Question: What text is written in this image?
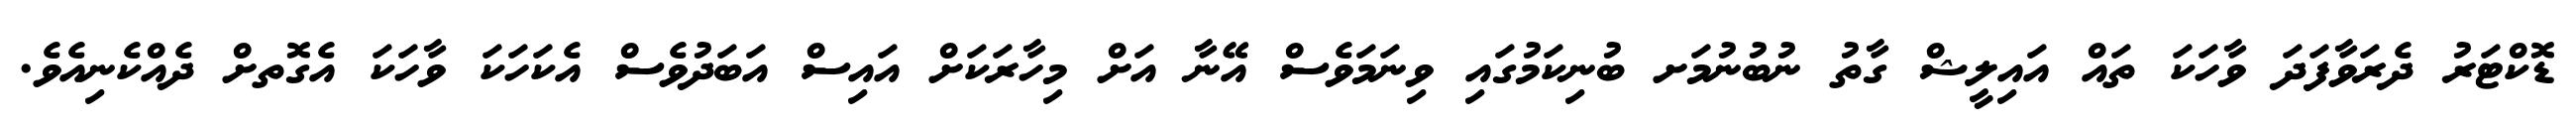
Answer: ޑޮކްޓަރު ދެރަވާފަދަ ވާހަކަ ތައް އައިލީޝް ގާތު ނުބުނުމަށ ބުނިކަމުގައި ވިނަމަވެސް އޭނާ އަށް މިހާރަކަށް އައިސް އަބަދުވެސް އެކަހަކަ ވާހަކަ އެގޮތށް ދެއްކެނިއެވެ.